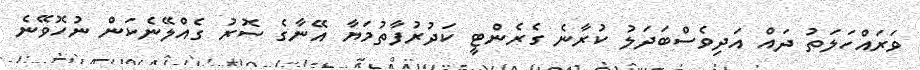
ވަރައްހަލަތު ދައް އަދިވެސްބަދަލު ކުރާނެ ގެރެންޓީ ކަދުރުފާތުމަޔާ އޭނާގެ ސޮރު ގެއްލޭނެކަން ނުހޮވޭނެ